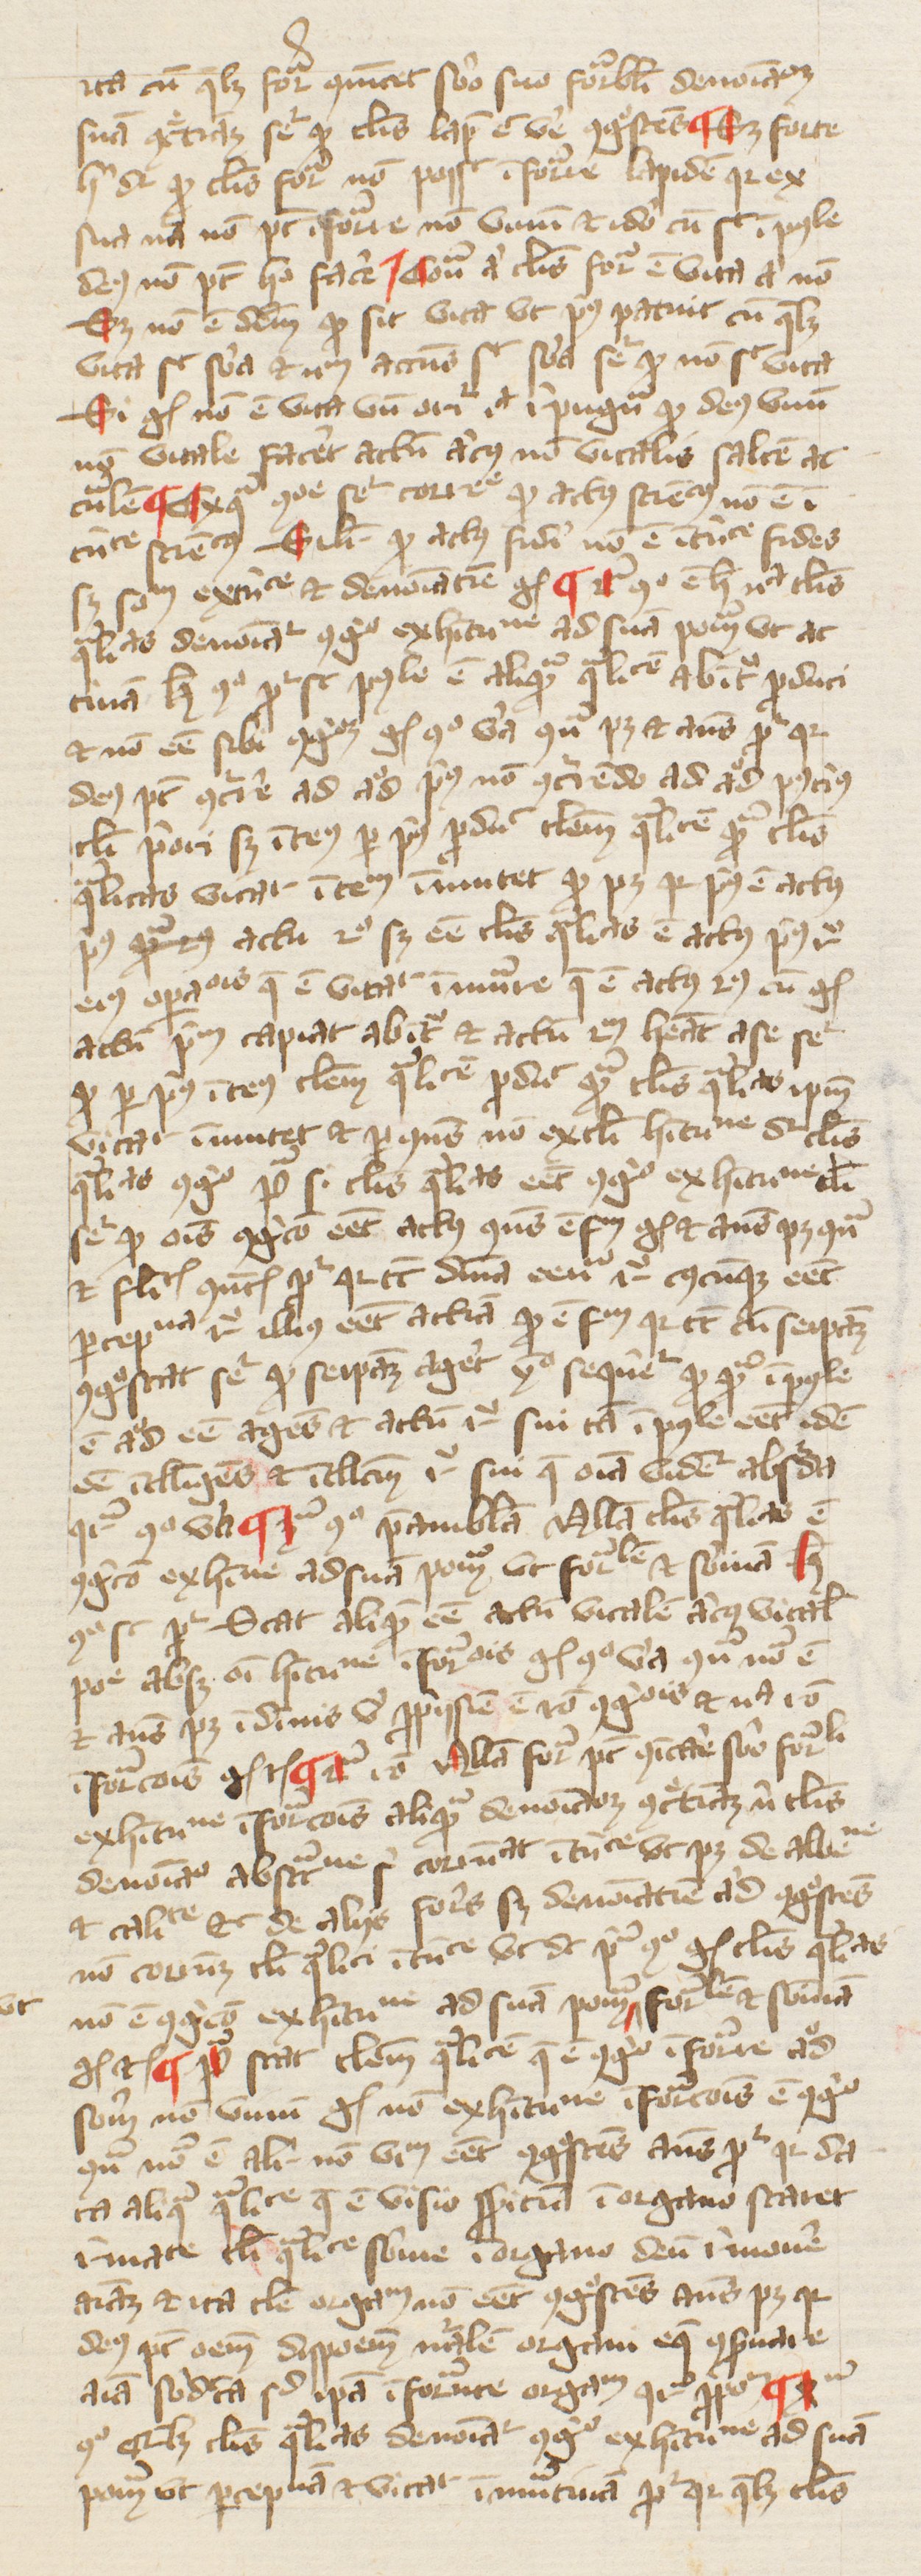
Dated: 1380–1389